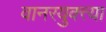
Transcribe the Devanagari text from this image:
वानरयुक्त्या